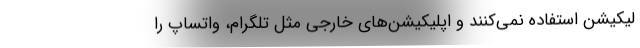
لیکیشن استفاده نمی‌کنند و اپلیکیشن‌های خارجی مثل تلگرام، واتساپ را